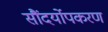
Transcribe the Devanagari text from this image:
सौंदर्योपकरण